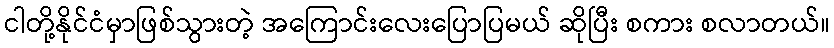
ငါတို့နိုင်ငံမှာဖြစ်သွားတဲ့ အကြောင်းလေးပြောပြမယ် ဆိုပြီး စကား စလာတယ်။